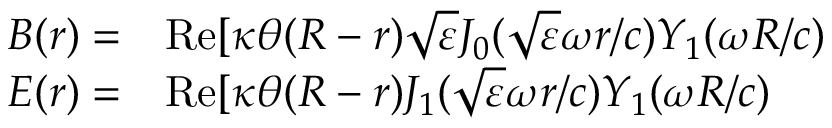
\begin{array} { r l } { B ( r ) = } & { { } \mathrm { R e } [ \kappa \theta ( R - r ) \sqrt { \varepsilon } J _ { 0 } ( \sqrt { \varepsilon } \omega r / c ) Y _ { 1 } ( \omega R / c ) } \\ { E ( r ) = } & { { } \mathrm { R e } [ \kappa \theta ( R - r ) J _ { 1 } ( \sqrt { \varepsilon } \omega r / c ) Y _ { 1 } ( \omega R / c ) } \end{array}